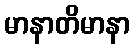
မာနာတိမာနာ